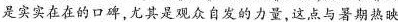
是实实在在的口碑尤其是观众自发的力量,这点与暑期热映